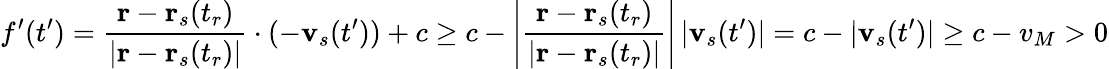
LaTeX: f^{\prime}(t^{\prime})={\frac{\mathbf{r}-\mathbf{r}_{s}(t_{r})}{|\mathbf{r}-\mathbf{r}_{s}(t_{r})|}}\cdot(-\mathbf{v}_{s}(t^{\prime}))+c\geq c-\left|{\frac{\mathbf{r}-\mathbf{r}_{s}(t_{r})}{|\mathbf{r}-\mathbf{r}_{s}(t_{r})|}}\right|\, |\mathbf{v}_{s}(t^{\prime})|=c-|\mathbf{v}_{s}(t^{\prime})|\geq c-v_{M}>0